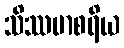
သိဿမာစရိယ